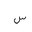
Letter: _sin